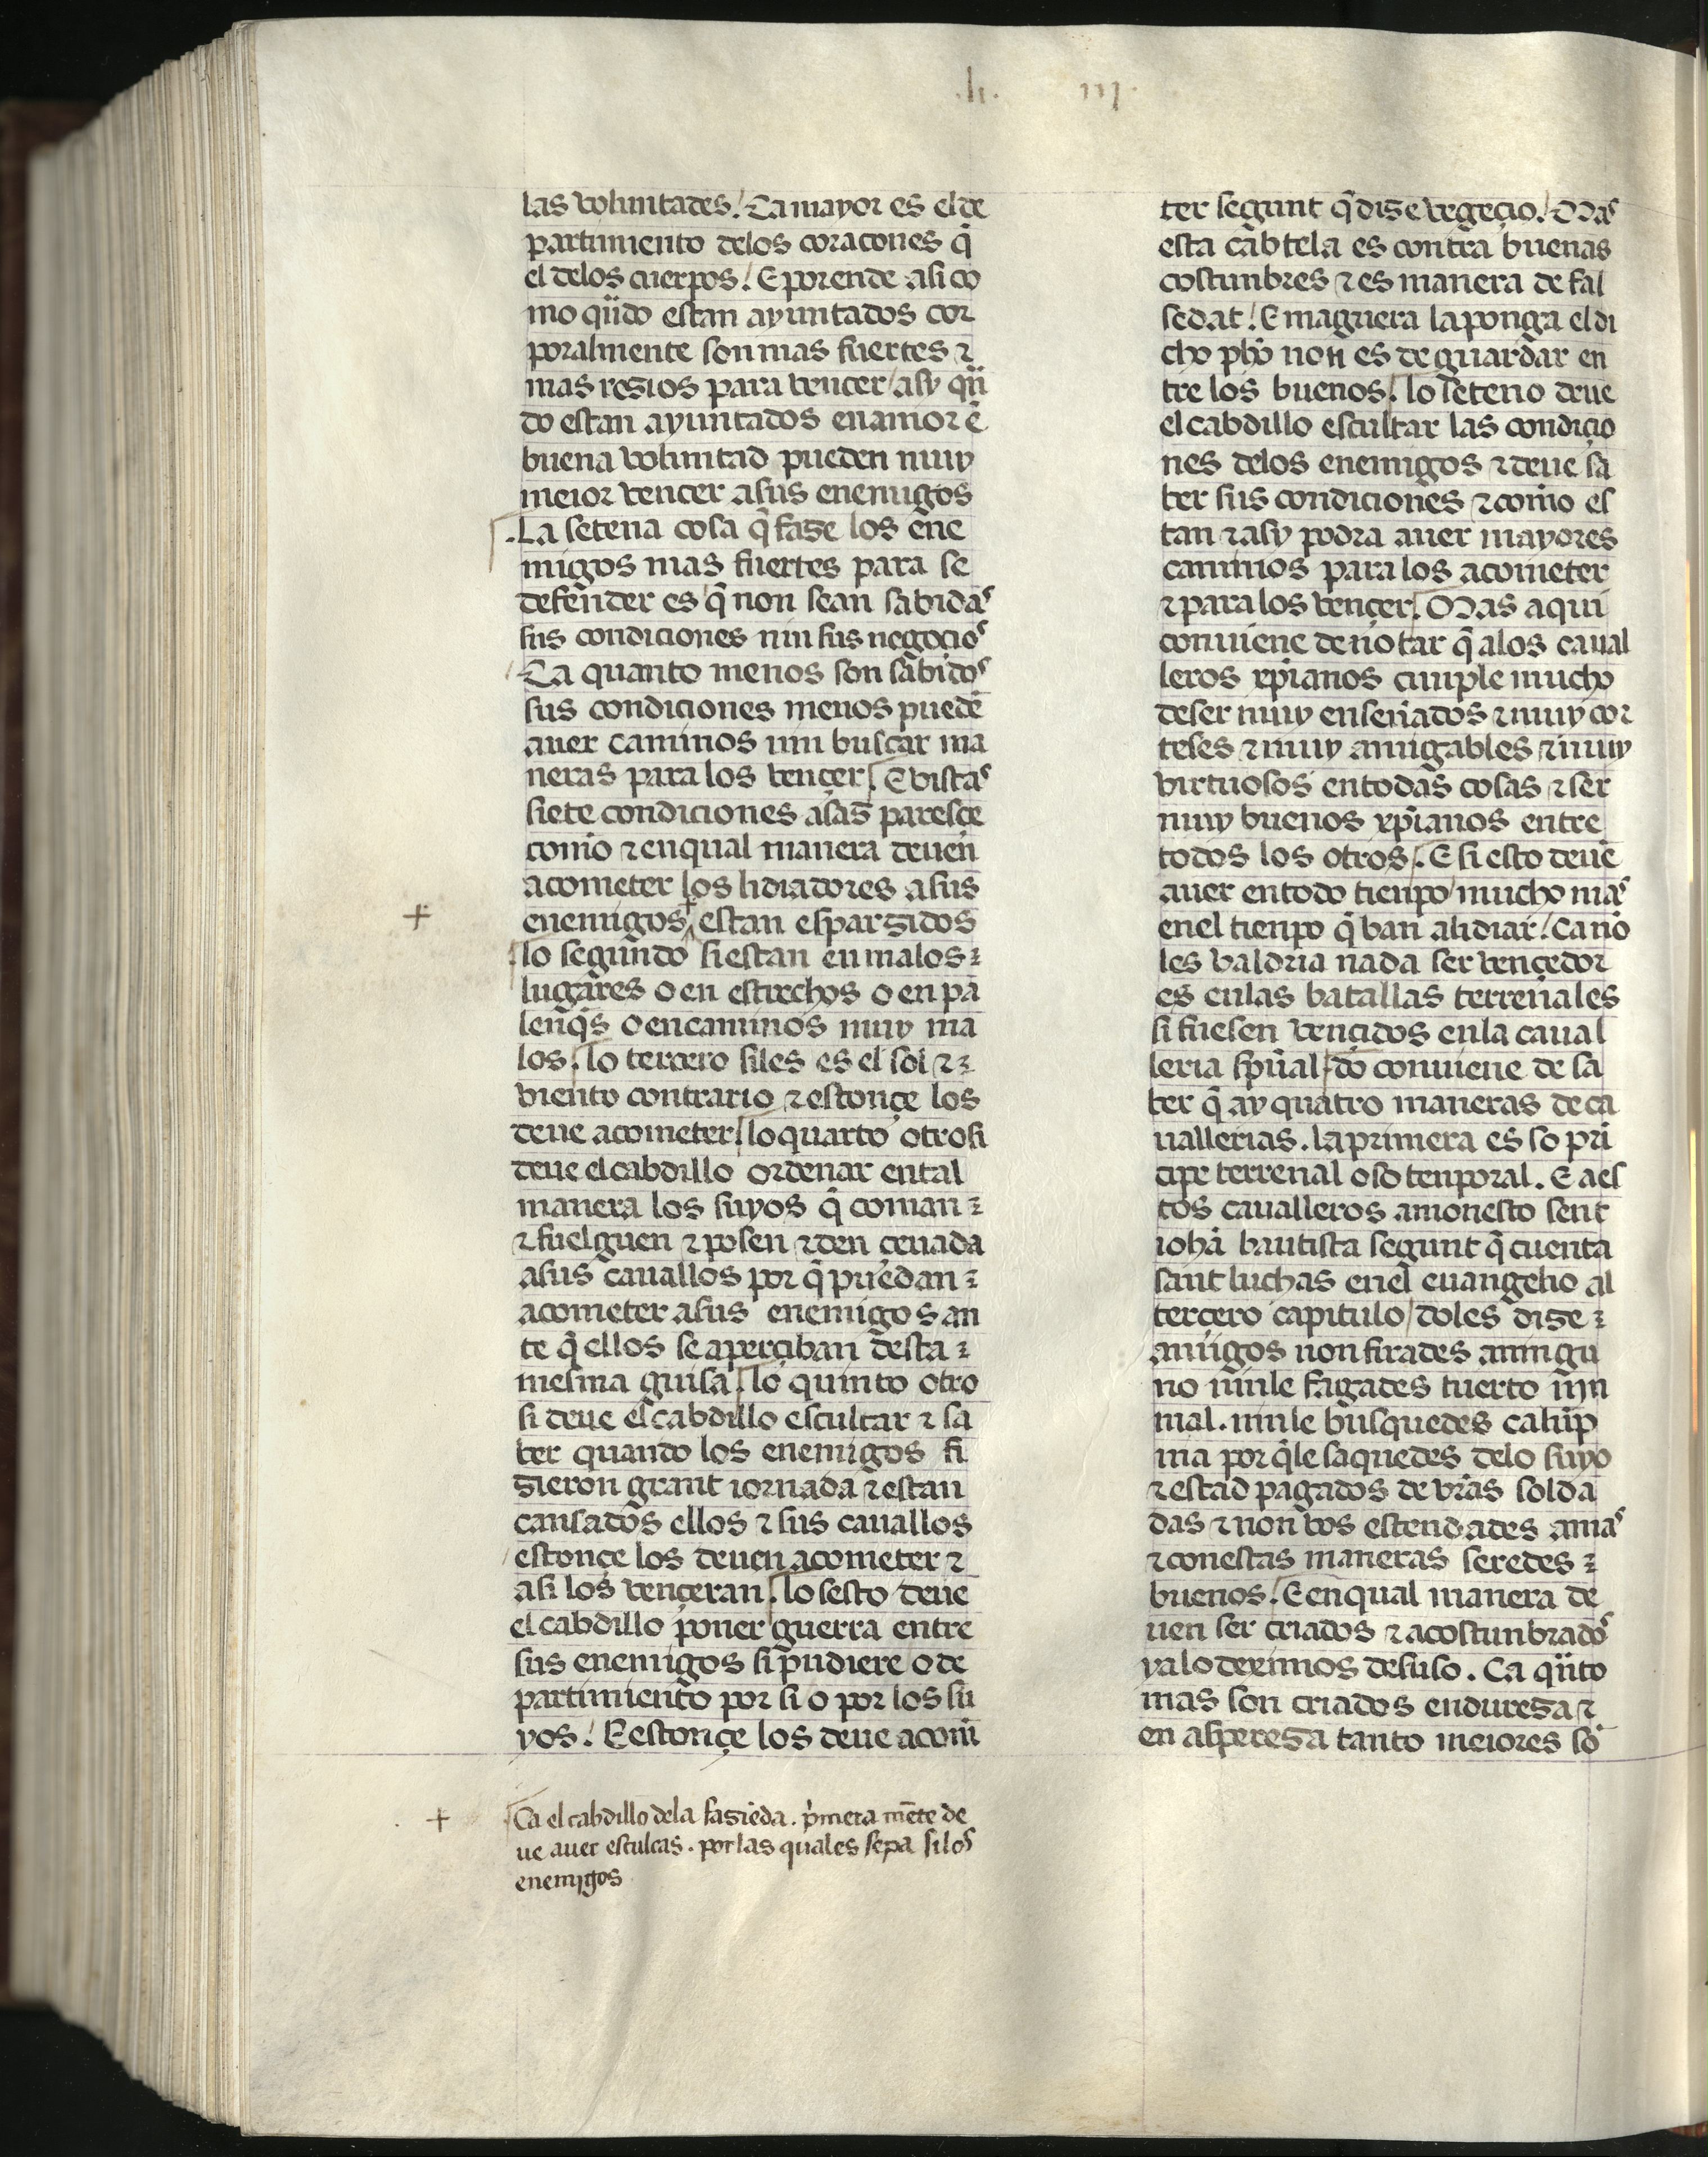
Shelfmark: Madrid, Fundación Lázaro Galdiano, mss 289
Century: 15